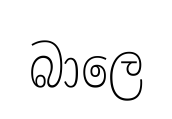
බාලෙ